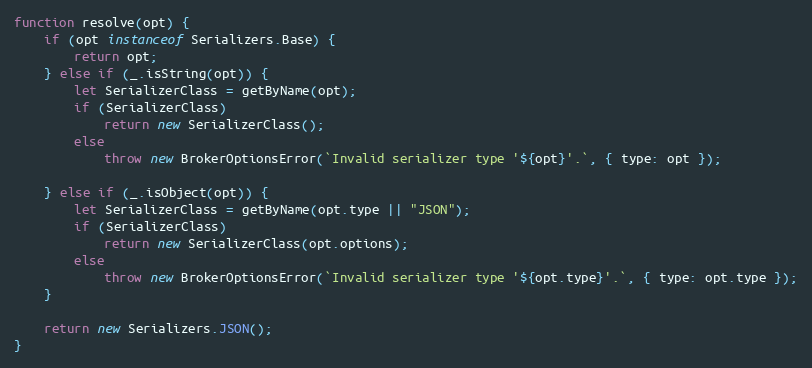
Language: JavaScript
function resolve(opt) {
	if (opt instanceof Serializers.Base) {
		return opt;
	} else if (_.isString(opt)) {
		let SerializerClass = getByName(opt);
		if (SerializerClass)
			return new SerializerClass();
		else
			throw new BrokerOptionsError(`Invalid serializer type '${opt}'.`, { type: opt });

	} else if (_.isObject(opt)) {
		let SerializerClass = getByName(opt.type || "JSON");
		if (SerializerClass)
			return new SerializerClass(opt.options);
		else
			throw new BrokerOptionsError(`Invalid serializer type '${opt.type}'.`, { type: opt.type });
	}

	return new Serializers.JSON();
}